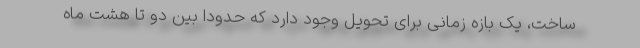
ساخت، یک بازه زمانی برای تحویل وجود دارد که حدودا بین دو تا هشت ماه